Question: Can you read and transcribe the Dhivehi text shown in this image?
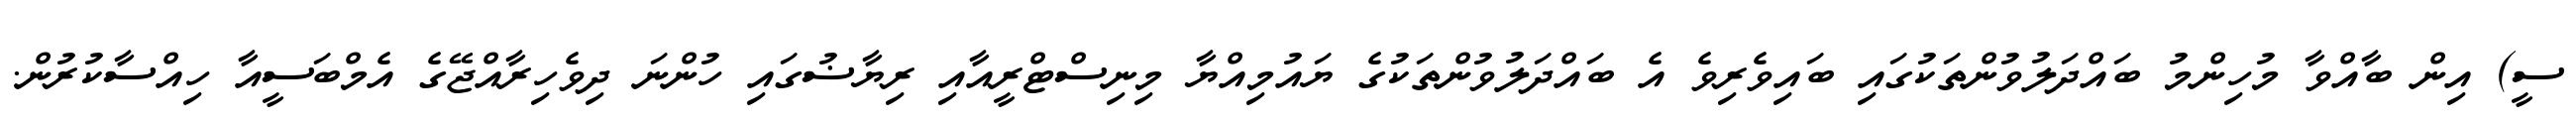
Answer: ސީ) އިން ބާއްވާ މުހިންމު ބައްދަލުވުންތަކުގައި ބައިވެރިވެ އެ ބައްދަލުވުންތަކުގެ ޔައުމިއްޔާ މިނިސްޓްރީއާއި ރިޔާޟުގައި ހުންނަ ދިވެހިރާއްޖޭގެ އެމްބަސީއާ ހިއްސާކުރުން.